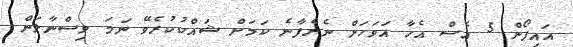
އައިފޯން 5 އެސް އެހާ އަވަހަށް ނެރެފާނެ ކަމަށް ޝައްކުކުރެވޭ ނަމަ ވިސްނާލަން